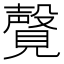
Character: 𫌤